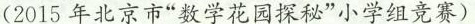
(2015年北京市”数学花园探秘”小学组竞赛)